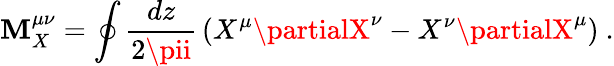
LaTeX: \mathbf{M}_{X}^{\mu\nu}=\oint{\frac{{dz}}{{2\pii}}}\left(X^{\mu}\partialX^{\nu}-X^{\nu}\partialX^{\mu}\right)\ .